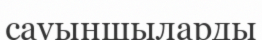
сауыншыларды